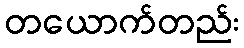
တယောက်တည်း